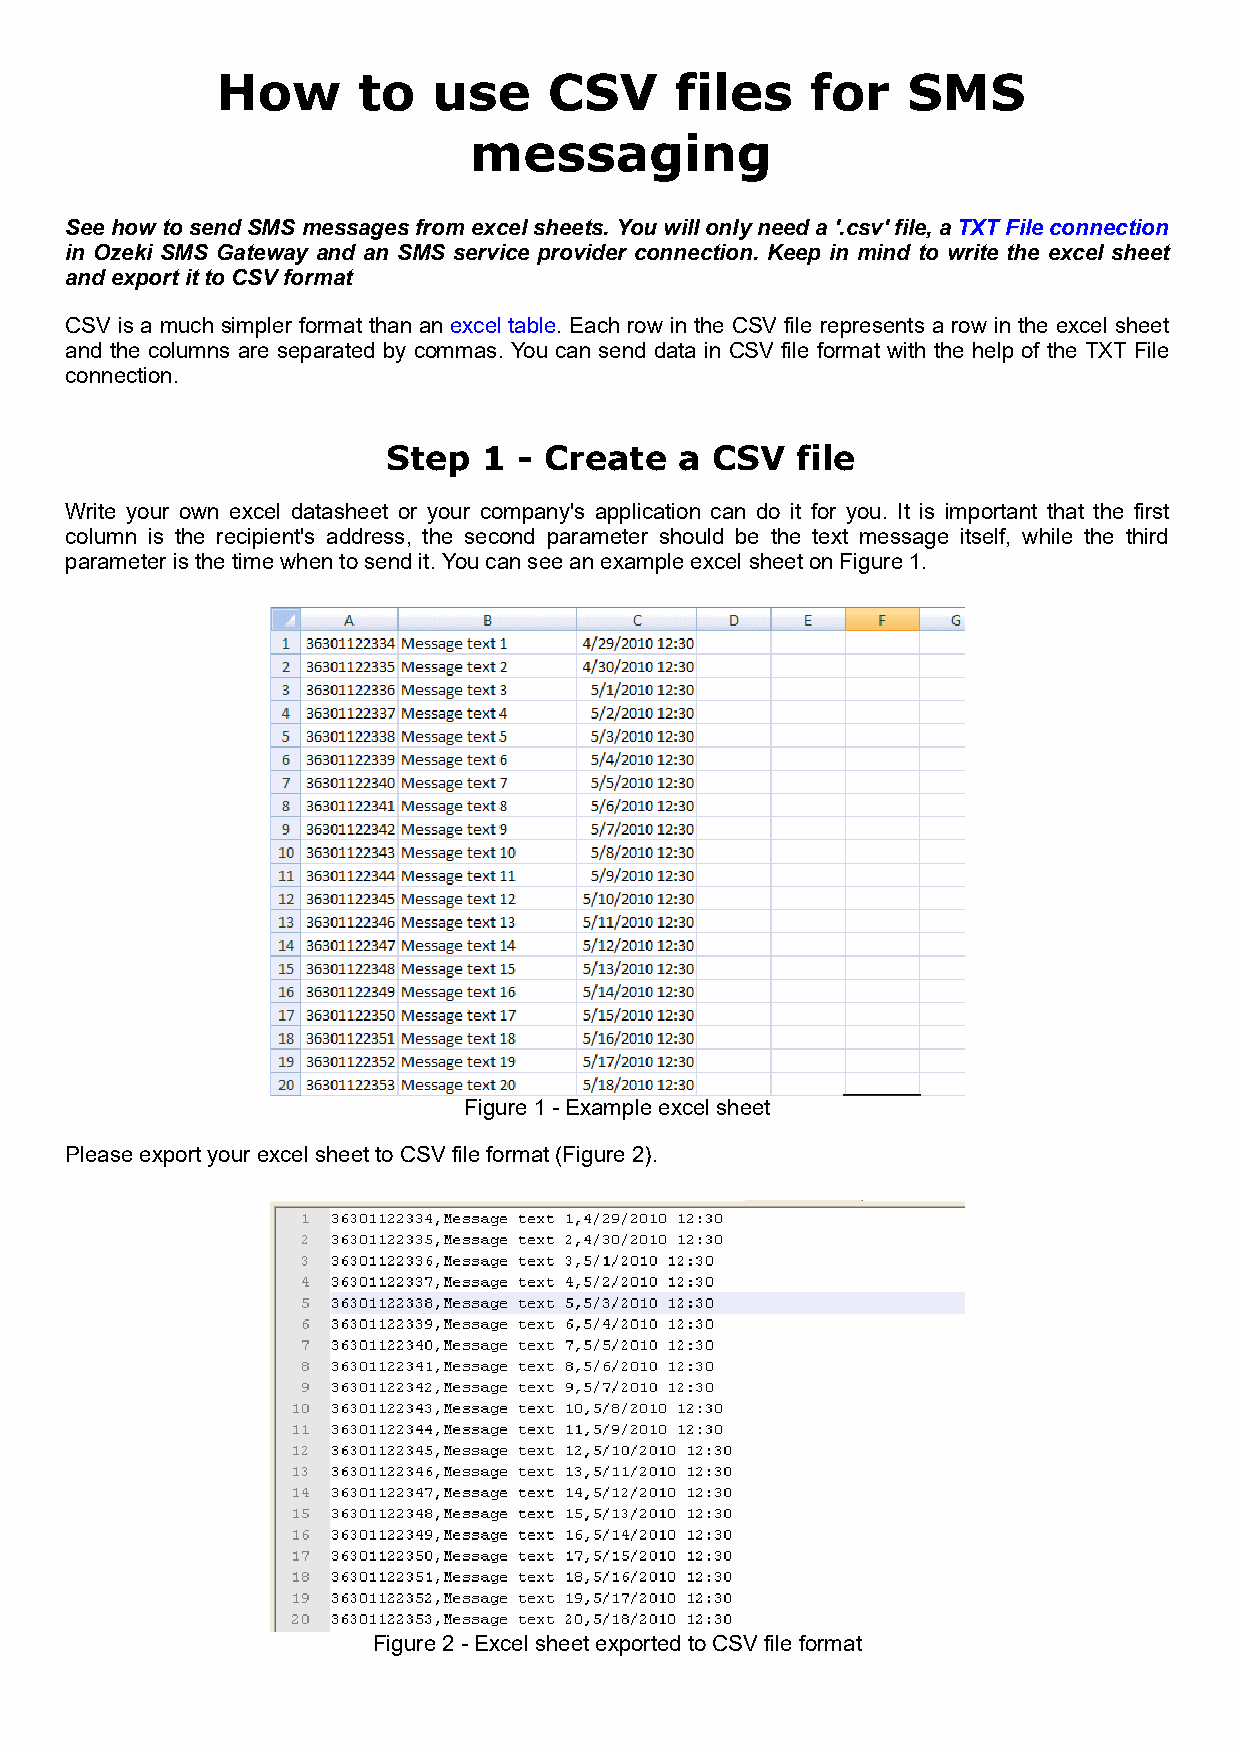
How       to   use    CSV      files    for   SMS
 messaging
 See how to send SMS messages from excel sheets. You will only need a '.csv' file, a TXT File connection
 in Ozeki SMS Gateway and an SMS service provider connection. Keep in mind to write the excel sheet
 and export it to CSV format
 CSV is a much simpler format than an excel table. Each row in the CSV file represents a row in the excel sheet
 and the columns are separated by commas. You can send data in CSV file format with the help of the TXT File
 connection.
 Step  1 - Create   a CSV   file
 Write your own excel datasheet or your company's application can do it for you. It is important that the first
 column is the recipient's address, the second parameter should be the text message itself, while the third
 parameter is the time when to send it. You can see an example excel sheet on Figure 1.
 Figure 1 - Example excel sheet
 Please export your excel sheet to CSV file format (Figure 2).
 Figure 2 - Excel sheet exported to CSV file format